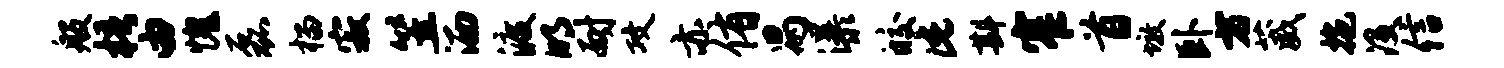
般梧由愧磊榴寂笠洒渡明耐攻亦侑舄瀑皎此斟窄首墩卧方葳拖没信